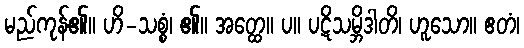
မည်ကုန်၏။ ဟိ-သစ္စံ၊ ၏။ အတ္ထေ။ ပ။ ပဋိသမ္ဘိဒါတိ၊ ဟူသော။ ဧတံ၊